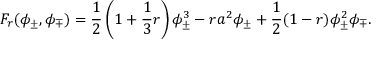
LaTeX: F _ { r } ( \phi _ { \pm } , \phi _ { \mp } ) = \frac { 1 } { 2 } \left( 1 + \frac { 1 } { 3 } r \right) \phi _ { \pm } ^ { 3 } - r a ^ { 2 } \phi _ { \pm } + \frac { 1 } { 2 } ( 1 - r ) \phi _ { \pm } ^ { 2 } \phi _ { \mp } .